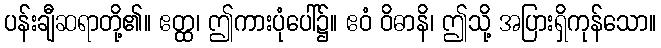
ပန်းချီဆရာတို့၏။ ဧတ္ထ၊ ဤကားပုံပေါ်၌။ ဧဝံ ဝိဓာနိ၊ ဤသို့ အပြားရှိကုန်သော။